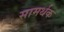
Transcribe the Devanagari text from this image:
सामर्थक